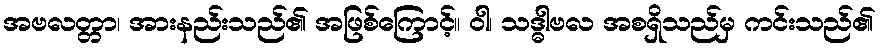
အဗလတ္တာ၊ အားနည်းသည်၏ အဖြစ်ကြောင့်။ ဝါ၊ သဒ္ဓါဗလ အစရှိသည်မှ ကင်းသည်၏